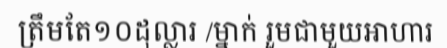
ត្រឹមតែ១០ដុល្លារ /ម្នាក់ រួមជាមួយអាហារ